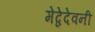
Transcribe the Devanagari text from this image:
मेद्वेदेवनी